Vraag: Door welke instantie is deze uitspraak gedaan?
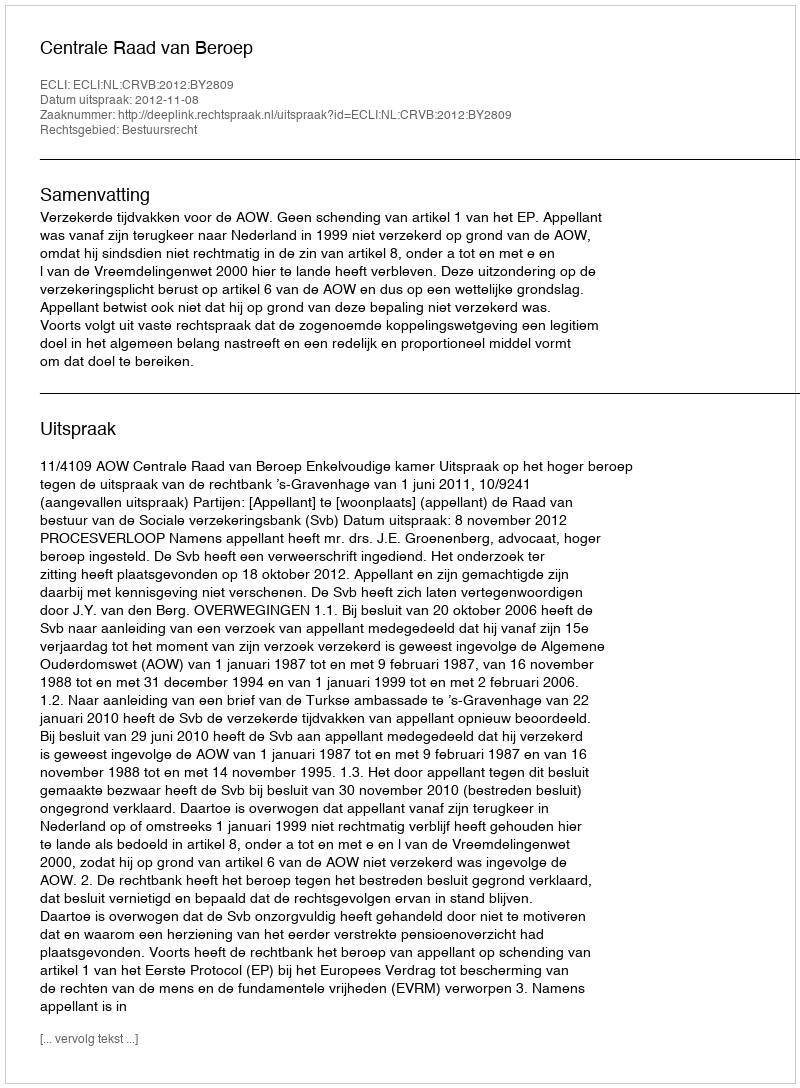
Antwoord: Centrale Raad van Beroep